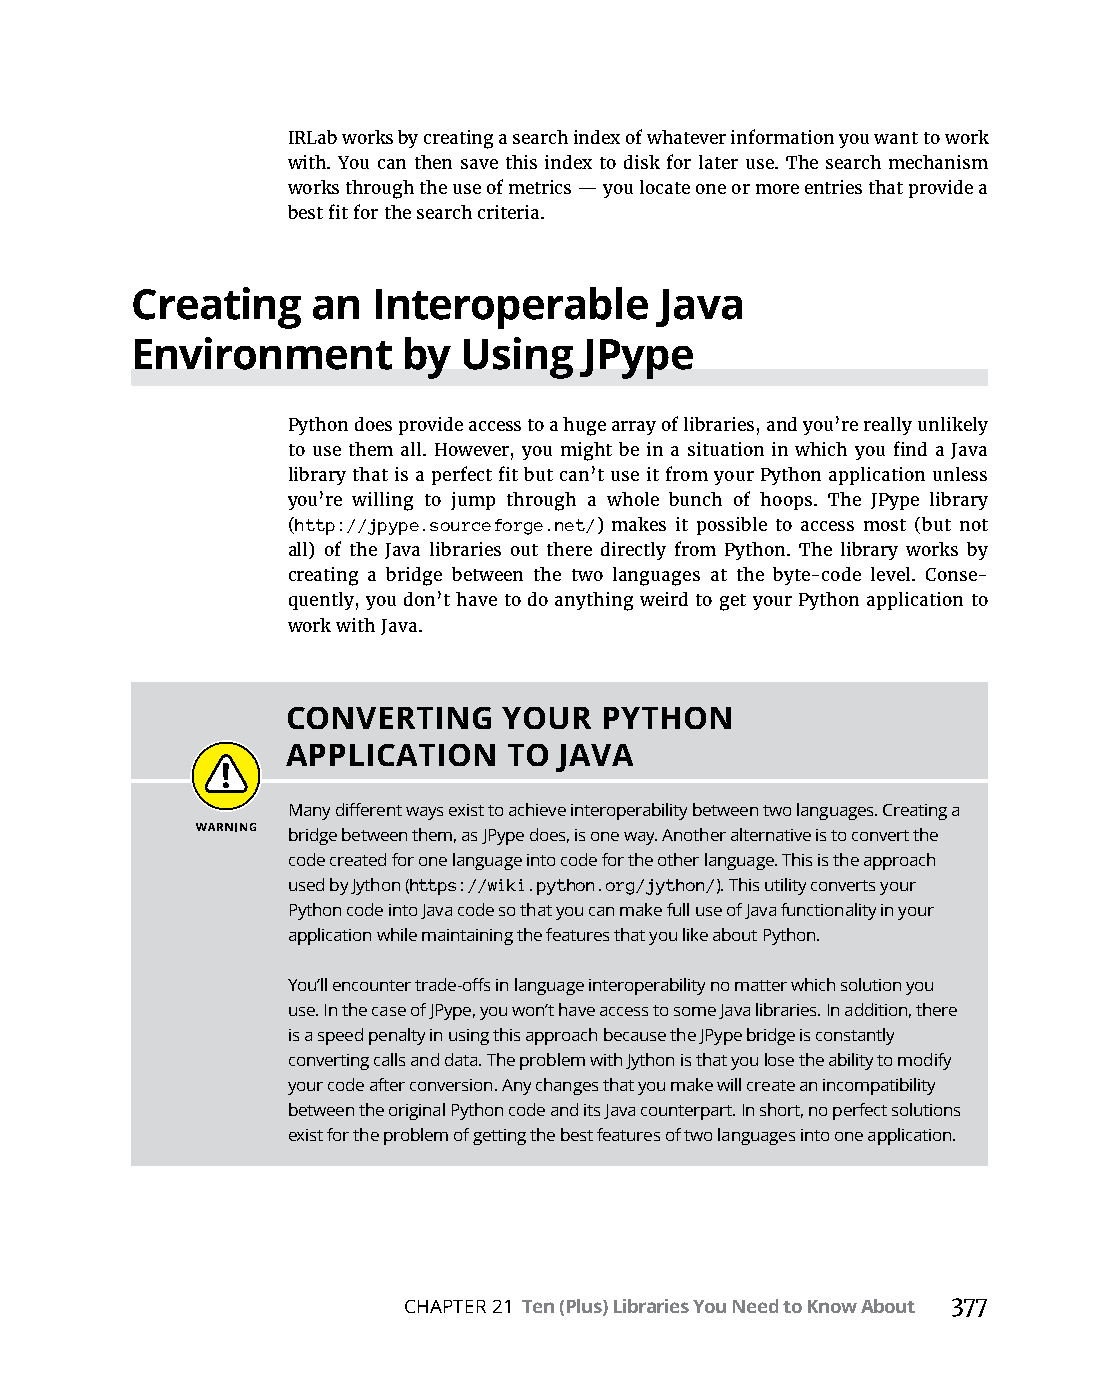
IRLab works by creating a search index of whatever information you want to work
 with. You can then save this index to disk for later use. The search mechanism
 works through the use of metrics — you locate one or more entries that provide a
 best fit for the search criteria.
 Creating    an  Interoperable      Java
 Environment       by  Using   JPype
 Python does provide access to a huge array of libraries, and you’re really unlikely
 to use them all. However, you might be in a situation in which you find a Java
 library that is a perfect fit but can’t use it from your Python application unless
 you’re willing to jump through a whole bunch of hoops. The JPype library
 (http://jpype.sourceforge.net/) makes it possible to access most (but not
 all) of the Java libraries out there directly from Python. The library works by
 creating a bridge between the two languages at the byte-code level. Conse-
 quently, you don’t have to do anything weird to get your Python application to
 work with Java.
 CONVERTING    YOUR   PYTHON
 APPLICATION    TO JAVA
 Many different ways exist to achieve interoperability between two languages. Creating a
 bridge between them, as JPype does, is one way. Another alternative is to convert the
 code created for one language into code for the other language. This is the approach
 used by Jython (https://wiki.python.org/jython/). This utility converts your
 Python code into Java code so that you can make full use of Java functionality in your
 application while maintaining the features that you like about Python.
 You’ll encounter trade-offs in language interoperability no matter which solution you
 use. In the case of JPype, you won’t have access to some Java libraries. In addition, there
 is a speed penalty in using this approach because the JPype bridge is constantly
 converting calls and data. The problem with Jython is that you lose the ability to modify
 your code after conversion. Any changes that you make will create an incompatibility
 between the original Python code and its Java counterpart. In short, no perfect solutions
 exist for the problem of getting the best features of two languages into one application.
 CHAPTER 21 Ten (Plus) Libraries You Need to Know About 377